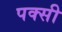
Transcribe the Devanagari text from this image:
पक्सी